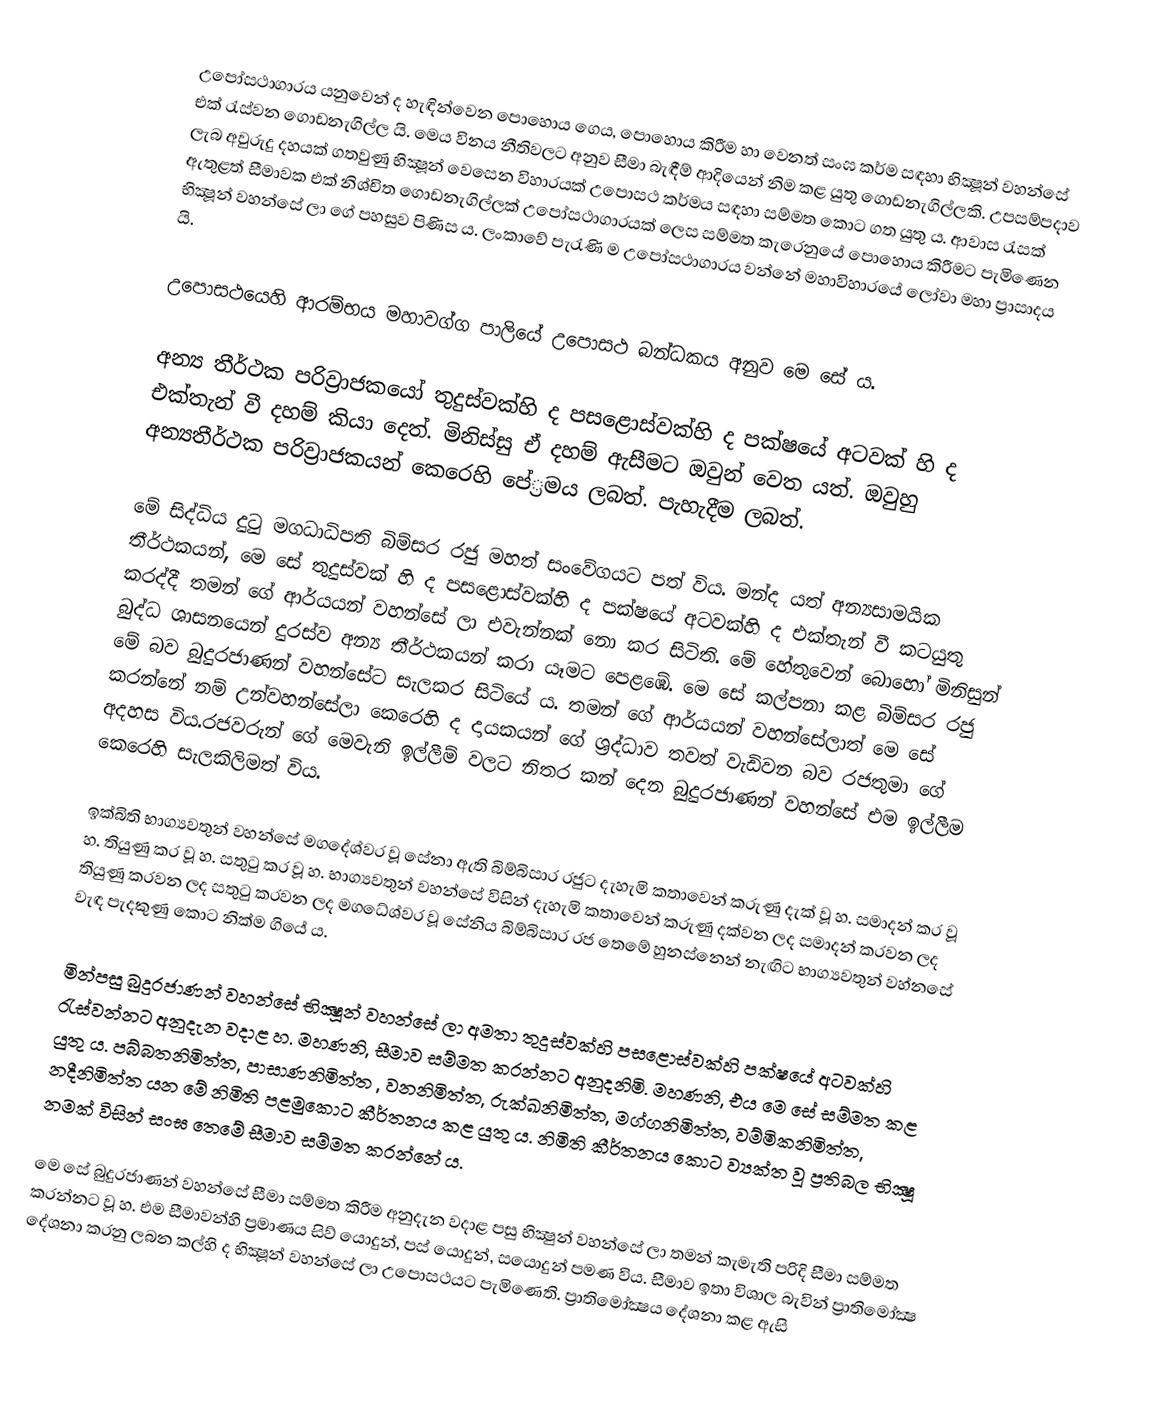
උපෝසථාගාරය යනුවෙන් ද හැඳින්වෙන පොහොය ගෙය, පොහොය කිරීම හා වෙනත් සංඝ කර්ම සඳහා භික්‍ෂූන් වහන්සේ එක් රැස්වන ගොඩනැගිල්ල යි. මෙය විනය නීතිවලට අනුව සීමා බැඳීම් ආදියෙන් නිම කළ යුතු ගොඩනැගිල්ලකි. උපසම්පදාව ලැබ අවුරුදු දහයක් ගතවුණු භික්‍ෂූන් වෙසෙන විහාරයක් උපොසථ කර්මය සඳහා සම්මත කොට ගත යුතු ය. ආවාස රැසක් ඇතුළත් සීමාවක එක් නිශ්චිත ගොඩනැගිල්ලක් උපෝසථාගාරයක් ලෙස සම්මත කැරෙනුයේ පොහොය කිරීමට පැමිණෙන භික්‍ෂූන් වහන්සේ ලා ගේ පහසුව පිණිස ය. ලංකාවේ පැරැණි ම උපෝසථාගාරය වන්නේ මහාවිහාරයේ ලෝවා මහා ප්‍රාසාදය යි.

උපොසථයෙහි ආරම්භය මහාවග්ග පාලියේ උපොසථ බන්ධකය අනුව මෙ සේ ය.

අන්‍ය තීර්ථක පරිව්‍රාජකයෝ තුදුස්වක්හි ද පසළොස්වක්හි ද පක්ෂයේ අටවක් හි ද එක්තැන් වී දහම් කියා දෙත්. මිනිස්සු ඒ දහම් ඇසීමට ඔවුන් වෙත යත්. ඔවුහු අන්‍යතීර්ථක පරිව්‍රාජකයන් කෙරෙහි පේ‍්‍රමය ලබත්. පැහැදීම ලබත්.

මේ සිද්ධිය දුටු මගධාධිපති බිම්සර රජු මහත් සංවේගයට පත් විය. මන්ද යත් අන්‍යසාමයික තීර්ථකයන්, මෙ සේ තුදුස්වක් හි ද පසළොස්වක්හි ද පක්ෂයේ අටවක්හි ද එක්තැන් වී කටයුතු කරද්දී තමන් ගේ ආර්යයන් වහන්සේ ලා එවැන්නක් නො කර සිටිති. මේ හේතුවෙන් බොහෝ මිනිසුන් බුද්ධ ශාසනයෙන් දුරස්ව අන්‍ය තීර්ථකයන් කරා යෑමට පෙළඹේ. මෙ සේ කල්පනා කළ බිම්සර රජු මේ බව බුදුරජාණන් වහන්සේට සැලකර සිටියේ ය. තමන් ගේ ආර්යයන් වහන්සේලාත් මෙ සේ කරන්නේ නම් උන්වහන්සේලා කෙරෙහි ද දායකයන් ගේ ශ්‍රද්ධාව තවත් වැඩිවන බව රජතුමා ගේ අදහස විය.රජවරුන් ගේ මෙවැනි ඉල්ලීම් වලට නිතර කන් දෙන බුදුරජාණන් වහන්සේ එම ඉල්ලීම කෙරෙහි සැලකිලිමත් විය.

ඉක්බිති භාග්‍යවතුන් වහන්සේ මගදේශ්වර වූ සේනා ඇති බිම්බිසාර රජුට දැහැමි කතාවෙන් කරුණු දැක් වූ හ. සමාදන් කර වූ හ. තියුණු කර වූ හ. සතුටු කර වූ හ. භාග්‍යවතුන් වහන්සේ විසින් දැහැමි කතාවෙන් කරුණු දක්වන ලද සමාදන් කරවන ලද තියුණු කරවන ලද සතුටු කරවන ලද මගධේශ්වර වූ සේනිය බිම්බිසාර රජ තෙමේ හුනස්නෙන් නැඟිට භාග්‍යවතුන් වහ්නසේ වැඳ පැදකුණු කොට නික්ම ගියේ ය.

මින්පසු බුදුරජාණන් වහන්සේ භික්‍ෂූන් වහන්සේ ලා අමතා තුදුස්වක්හි පසළොස්වක්හි පක්ෂයේ අටවක්හි රැස්වන්නට අනුදැන වදාළ හ. මහණනි, සීමාව සම්මත කරන්නට අනුදනිමි. මහණනි, එය මෙ සේ සම්මත කළ යුතු ය. පබ්බතනිමිත්ත, පාසාණනිමිත්ත , වනනිමිත්ත, රුක්ඛනිමිත්ත, මග්ගනිමිත්ත, වම්මිකනිමිත්ත, නදීනිමිත්ත යන මේ නිමිති පළමුකොට කීර්තනය කළ යුතු ය. නිමිති කීර්තනය කොට ව්‍යක්ත වූ ප්‍රතිබල භික්‍ෂූ නමක් විසින් සංඝ තෙමේ සීමාව සම්මත කරන්නේ ය.

මෙ සේ බුදුරජාණන් වහන්සේ සීමා සම්මත කිරීම අනුදැන වදාළ පසු භික්‍ෂුන් වහන්සේ ලා තමන් කැමැති පරිදි සීමා සම්මත කරන්නට වූ හ. එම සීමාවන්හි ප්‍රමාණය සිව් යොදුන්, පස් යොදුන්, සයොදුන් පමණ විය. සීමාව ඉතා විශාල බැවින් ප්‍රාතිමෝක්‍ෂ දේශනා කරනු ලබන කල්හි ද භික්‍ෂූන් වහන්සේ ලා උපොසථයට පැමිණෙති. ප්‍රාතිමෝක්‍ෂය දේශනා කළ ඇසි